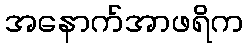
အနောက်အာဖရိက